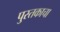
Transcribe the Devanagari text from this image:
पु्स्तकाचा